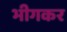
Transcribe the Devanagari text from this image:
भीगकर